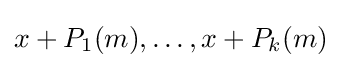
x+P_{1}(m),\ldots ,x+P_{k}(m)